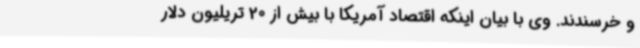
و خرسندند. وی با بیان اینکه اقتصاد آمریکا با بیش از 20 تریلیون دلار